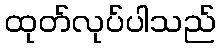
ထုတ်လုပ်ပါသည်